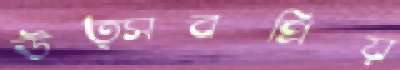
উত্সবপ্রিয়